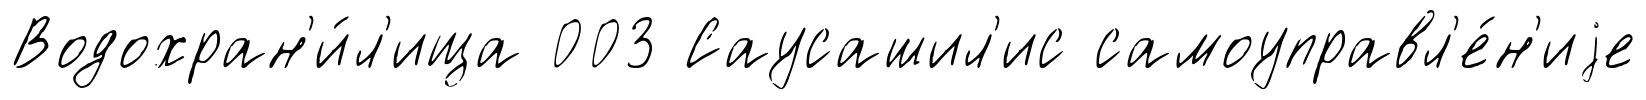
Водохран'и́л'ища 003 Саусашил'ис самоуправл'е́н'иjе